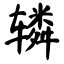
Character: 辚